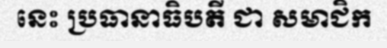
នេះ ប្រធានាធិបតី ជា សមាជិក